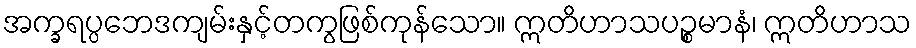
အက္ခရပ္ပဘေဒကျမ်းနှင့်တကွဖြစ်ကုန်သော။ ဣတိဟာသပဉ္စမာနံ၊ ဣတိဟာသ